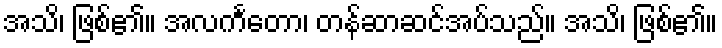
အသိ၊ ဖြစ်၏။ အလင်္ကတော၊ တန်ဆာဆင်အပ်သည်။ အသိ၊ ဖြစ်၏။